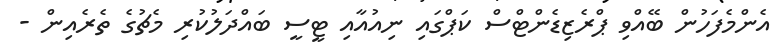
އެންމެފަހުން ބޭއްވި ޕްރެޒިޑެންޓްސް ކަޕްގައި ނިއުއާއި ޓީސީ ބައްދަލުކުރި މެޗުގެ ތެރެއިން -